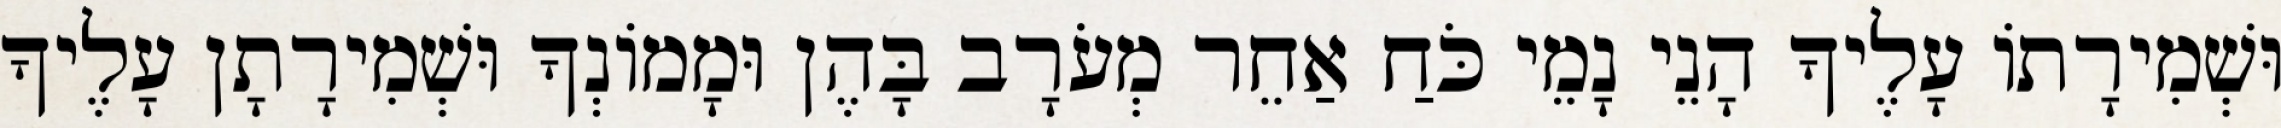
וּשְׁמִירָתוֹ עָלֶיךָ הָנֵי נָמֵי כֹּחַ אַחֵר מְעֹרָב בָּהֶן וּמָמוֹנְךָ וּשְׁמִירָתָן עָלֶיךָ